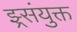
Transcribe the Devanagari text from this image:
झ्र्संयुक्त